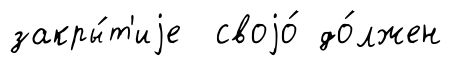
закры́т'иjе своjо́ до́лжен